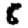
Digit: 8